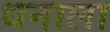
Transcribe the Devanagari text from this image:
धनाला